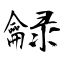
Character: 龣